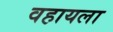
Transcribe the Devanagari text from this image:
वहायला